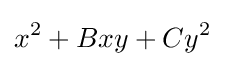
x^{2}+Bxy+Cy^{2}